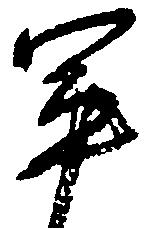
軍